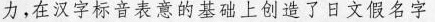
力，在汉字标音表意的基础上创造了日文假名字